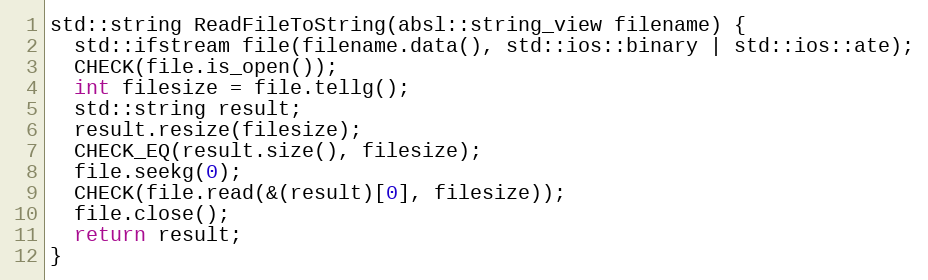
Language: C++
std::string ReadFileToString(absl::string_view filename) {
  std::ifstream file(filename.data(), std::ios::binary | std::ios::ate);
  CHECK(file.is_open());
  int filesize = file.tellg();
  std::string result;
  result.resize(filesize);
  CHECK_EQ(result.size(), filesize);
  file.seekg(0);
  CHECK(file.read(&(result)[0], filesize));
  file.close();
  return result;
}